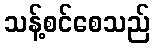
သန့်စင်စေသည်